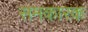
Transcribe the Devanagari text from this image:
समकारक